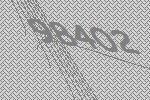
98402